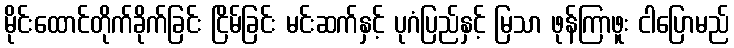
မိုင်းထောင်တိုက်ခိုက်ခြင်း ငြိမ်ခြင်း မင်းဆက်နှင့် ပုဂံပြည်နှင့် မြသာ ဖုန်ကြာဖူး ငါပြောမည်